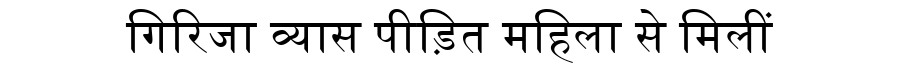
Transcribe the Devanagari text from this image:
गिरिजा व्यास पीड़ित महिला से मिलीं